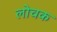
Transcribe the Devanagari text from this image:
लोचक